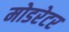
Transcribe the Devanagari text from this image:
मोडरेटर